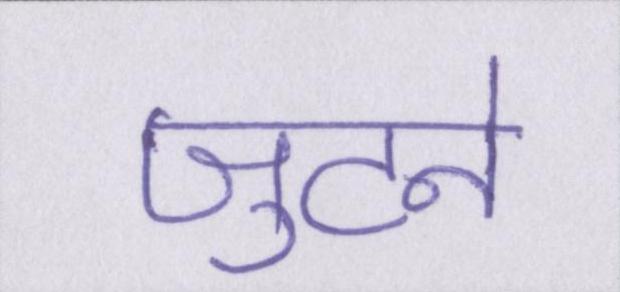
जुटने